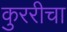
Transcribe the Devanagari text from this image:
कुररीचा